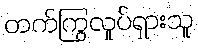
တက်ကြွလှုပ်ရှားသူ